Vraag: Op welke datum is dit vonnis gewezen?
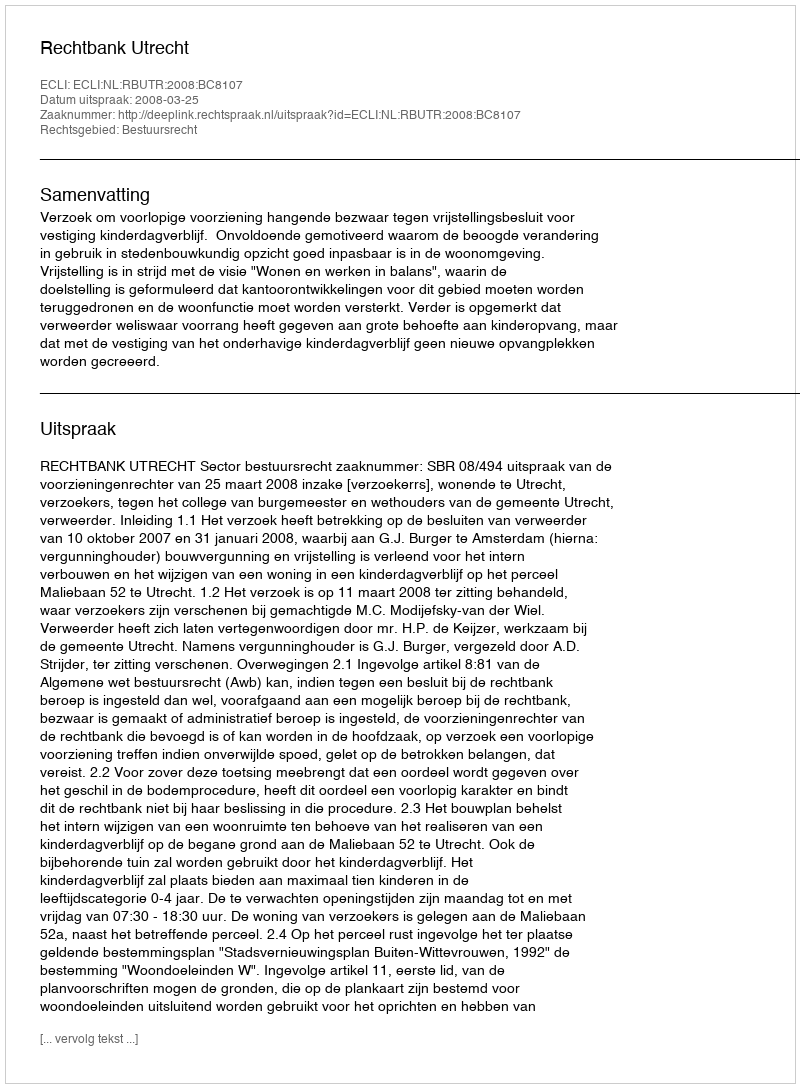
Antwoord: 2008-03-25